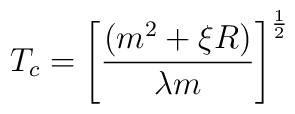
T_c=\left[ \frac{\left( m^2+\xi R\right) }{\lambda m}\right]^{\frac 12}